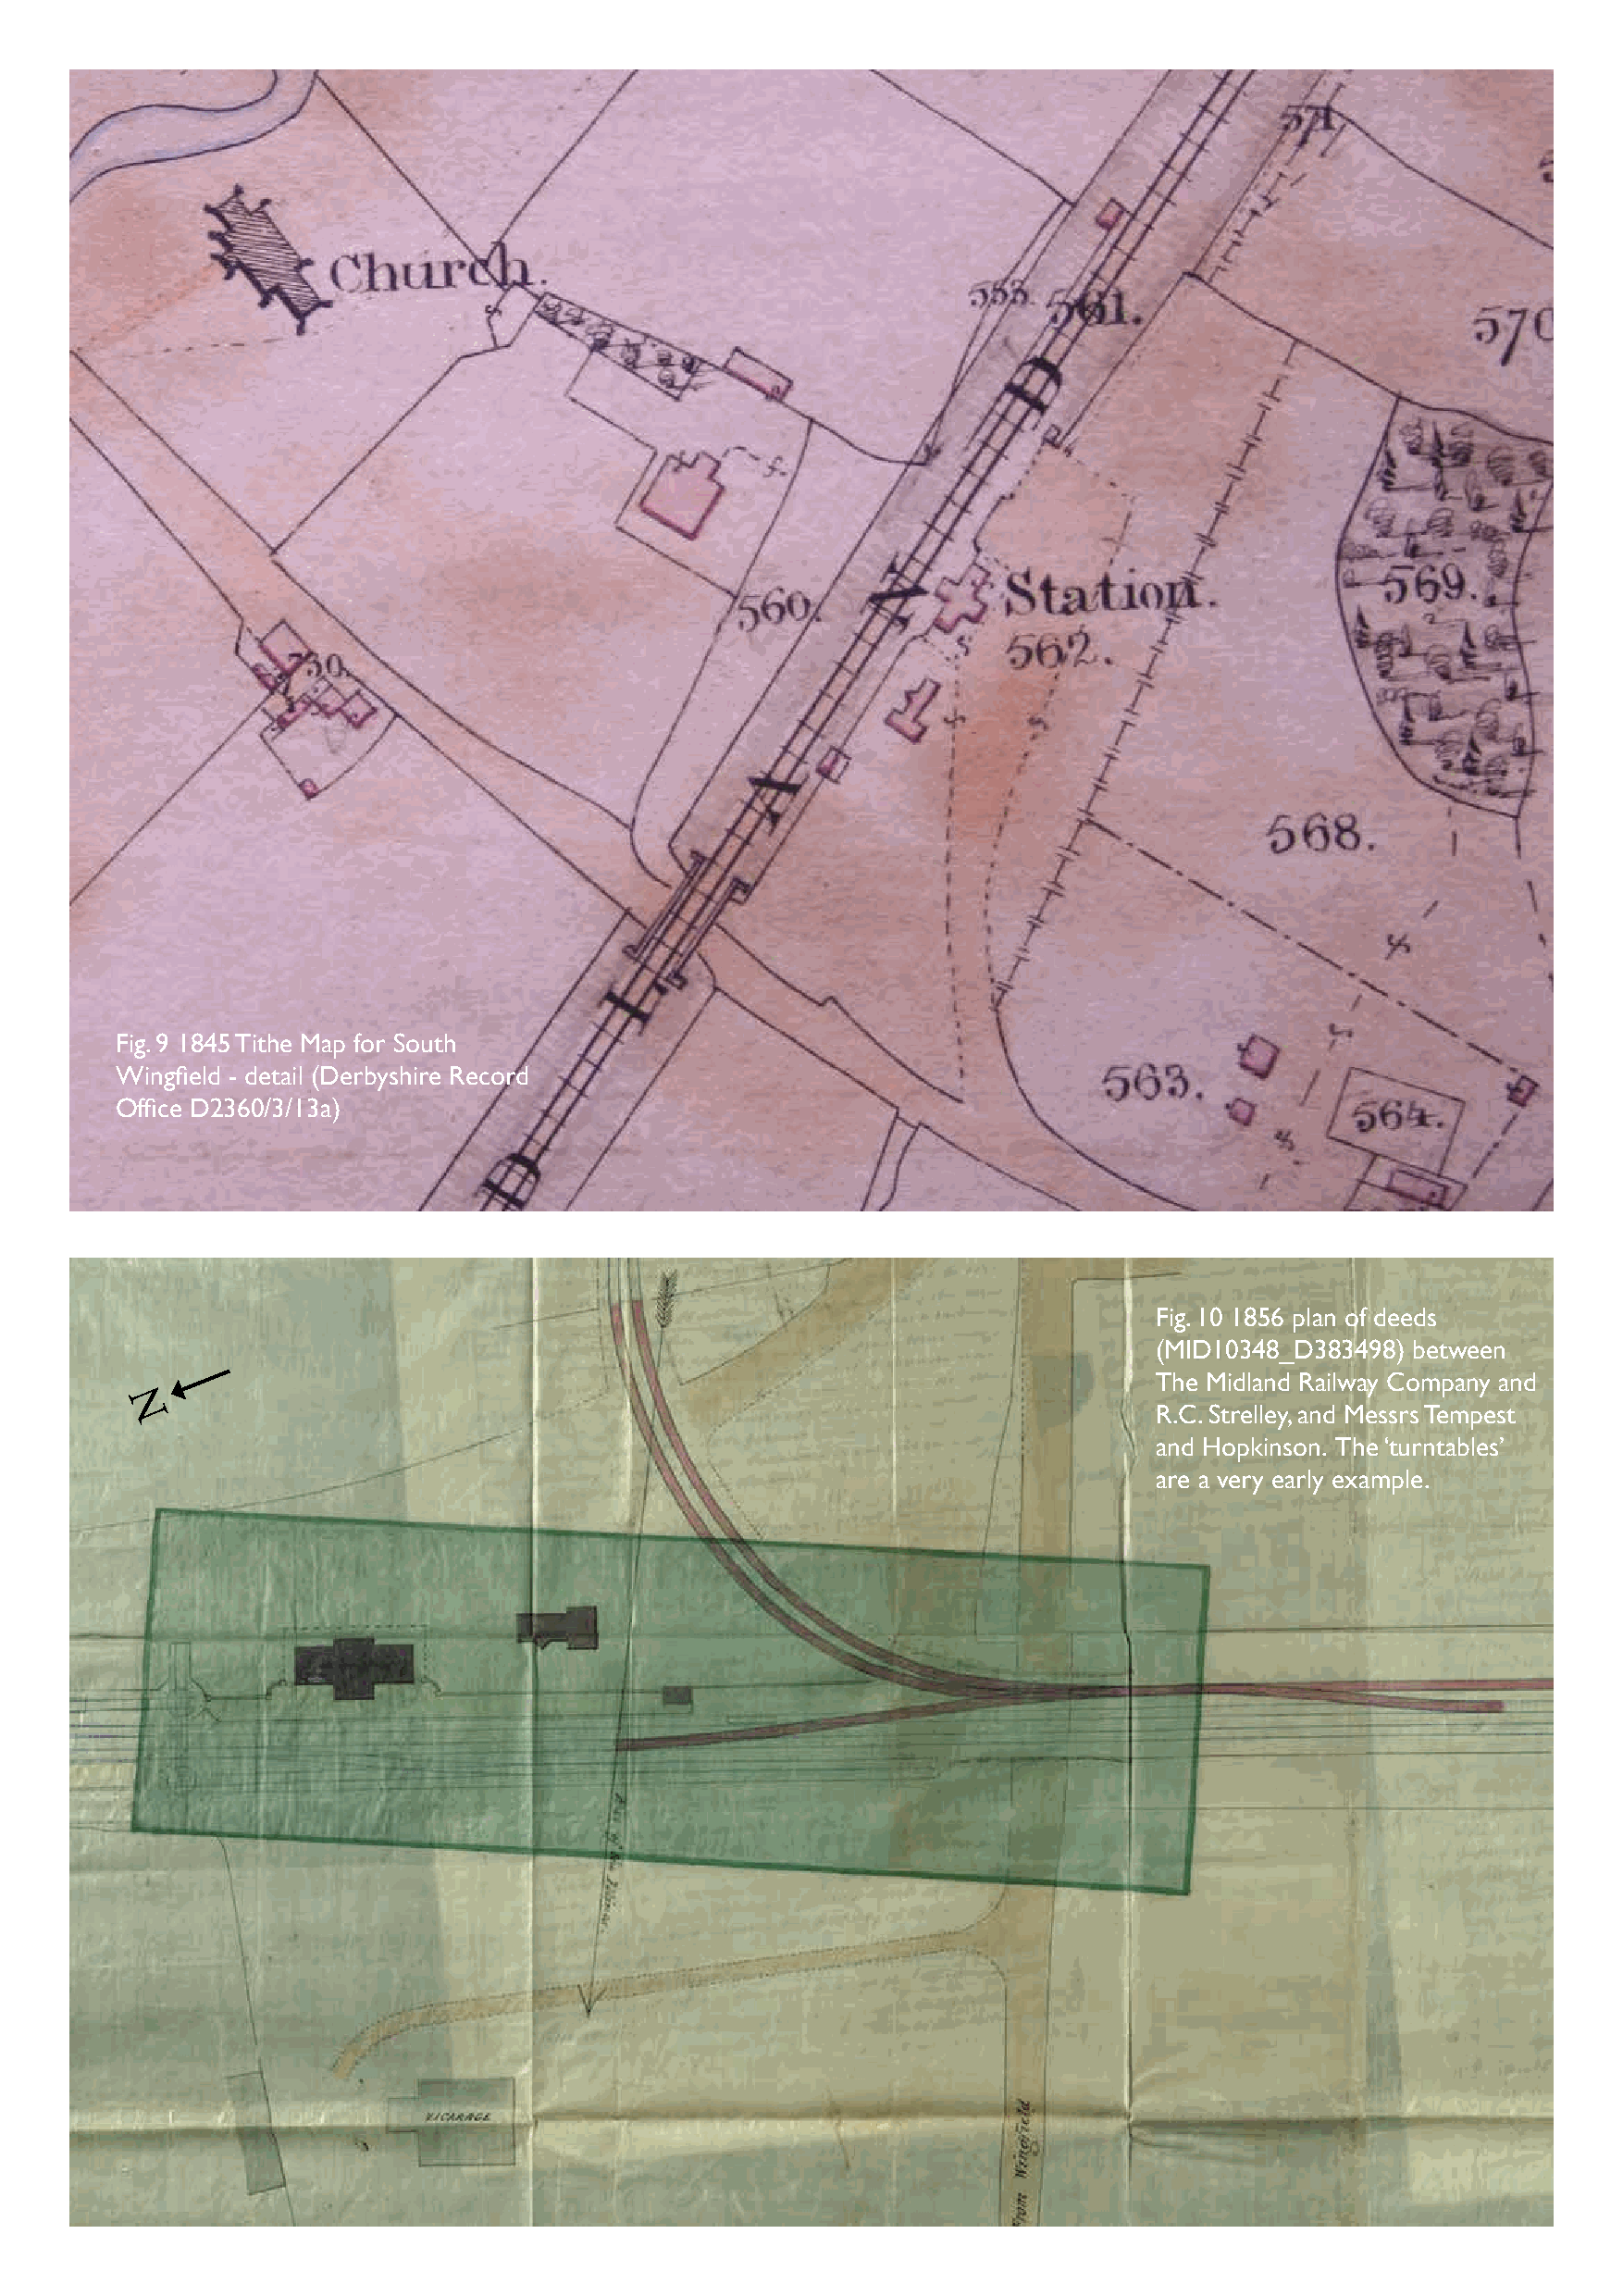
Fig. 9 1845 Tithe Map for South
 Wingfield - detail (Derbyshire Record
 Office D2360/3/13a)
 Fig. 10 1856 plan of deeds
 (MID10348_D383498) between
 The Midland Railway Company and
 N
 R.C. Strelley, and Messrs Tempest
 and Hopkinson. The ‘turntables’
 are a very early example.